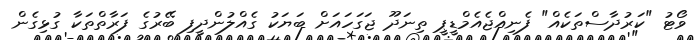
ވޯޓު "ކަރުދާސްތަކެއް" ފެނިއްޖެއެމްޑީޕީ ތިނަދޫ ޖަގަހައަށް ބަޔަކު ގެއްލުންދީފި ބޭރުގެ ފަރާތްތަކާ ގުޅިގެން